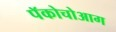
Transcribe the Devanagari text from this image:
पॅकोचोआग